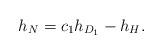
LaTeX: \begin{align*}h_{N}=c_{1}h_{D_{1}}-h_{H}.\end{align*}